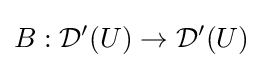
B:{\mathcal {D}}'(U)\to {\mathcal {D}}'(U)